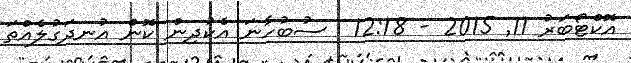
އޮކްޓޯބަރު 11